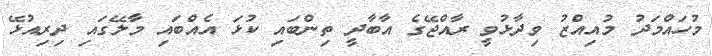
މުހައްމަދު މުއިއްޒު ވިދާޅުވީ ރާއްޖޭގެ އާބާދީ ތިންބައި ކުޅަ އެއްބައި މާލޭގައި ދިރިއުޅޭ